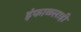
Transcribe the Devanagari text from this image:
इंफाळलाही